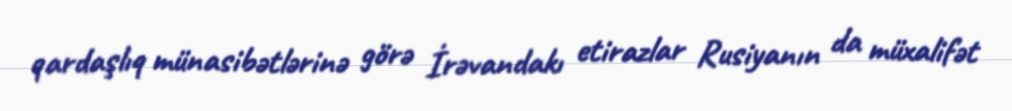
qardaşlıq münasibətlərinə görə İrəvandakı etirazlar Rusiyanın da müxalifət